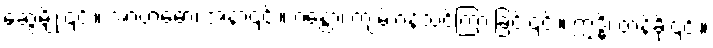
ဆွေမျိုး၎င်း။ အာဗာဓော၊ အနာ၎င်း။ ဂန္ထော၊ ကျမ်းဂန်သင်ကြားခြင်း၎င်း။ ဣဒ္ဓိ၊ တန်ခိုး၎င်း။